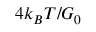
4 k _ { B } T / G _ { 0 }